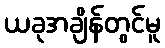
ယခုအချိန်တွင်မူ